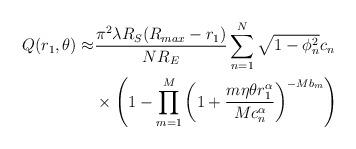
LaTeX: \begin{align*} Q(r_1,\theta)\approx &\frac{\pi^2\lambda R_S(R_{max}-r_1)}{NR_E}\sum_{n=1}^N\sqrt{1-\phi_n^2} c_n\\ &\times\left(1-\prod_{m=1}^{M}{\left(1+\frac{m\eta\theta r_1^{\alpha}}{Mc_n^{\alpha}}\right)^{-Mb_m}}\right)\end{align*}